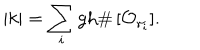
| k | = \sum _ { i } \mathrm { g h } \# \, [ { \cal O } _ { \gamma _ { i } } ] .